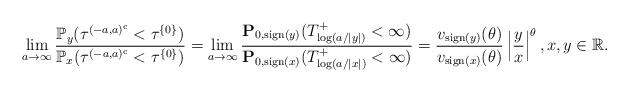
\begin{align*}\lim_{a\to\infty}\frac{\mathbb{P}_y(\tau^{(-a,a)^{{\rm c}}}<\tau^{\{0\}})}{\mathbb{P}_x(\tau^{(-a,a)^{{\rm c}}}<\tau^{\{0\}})} = \lim_{a\to\infty}\frac{ \mathbf{P}_{0, {\rm sign}(y)}(T^+_{\log (a/|y|)}<\infty)}{ \mathbf{P}_{0, {\rm sign}(x)}(T^+_{\log (a/|x|)}<\infty)} = \frac{v_{{\rm sign}(y)}(\theta)}{v_{{\rm sign}(x)}(\theta)}\left|\frac{y}{x}\right|^\theta, x,y\in\mathbb{R}.\end{align*}